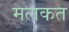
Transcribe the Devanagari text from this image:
मलकत